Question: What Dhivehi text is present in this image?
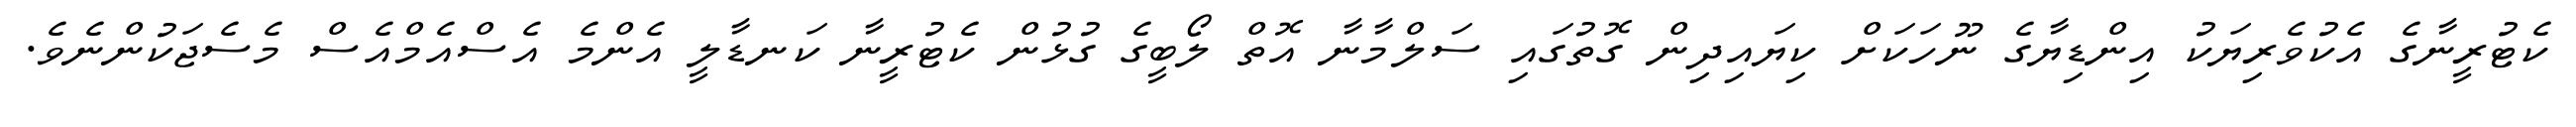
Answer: ކެޓުރީނާގެ އެކުވެރިޔަކު އިންޑިޔާގެ ނޫހަކަށް ކިޔައިދިން ގޮތުގައި ސަލްމާނާ އޮތް ލޯބީގެ ގުޅުން ކެޓުރީނާ ކަނޑާލީ އެންމެ އެސްއެމްއެސް މެސެޖަކުންނެވެ.